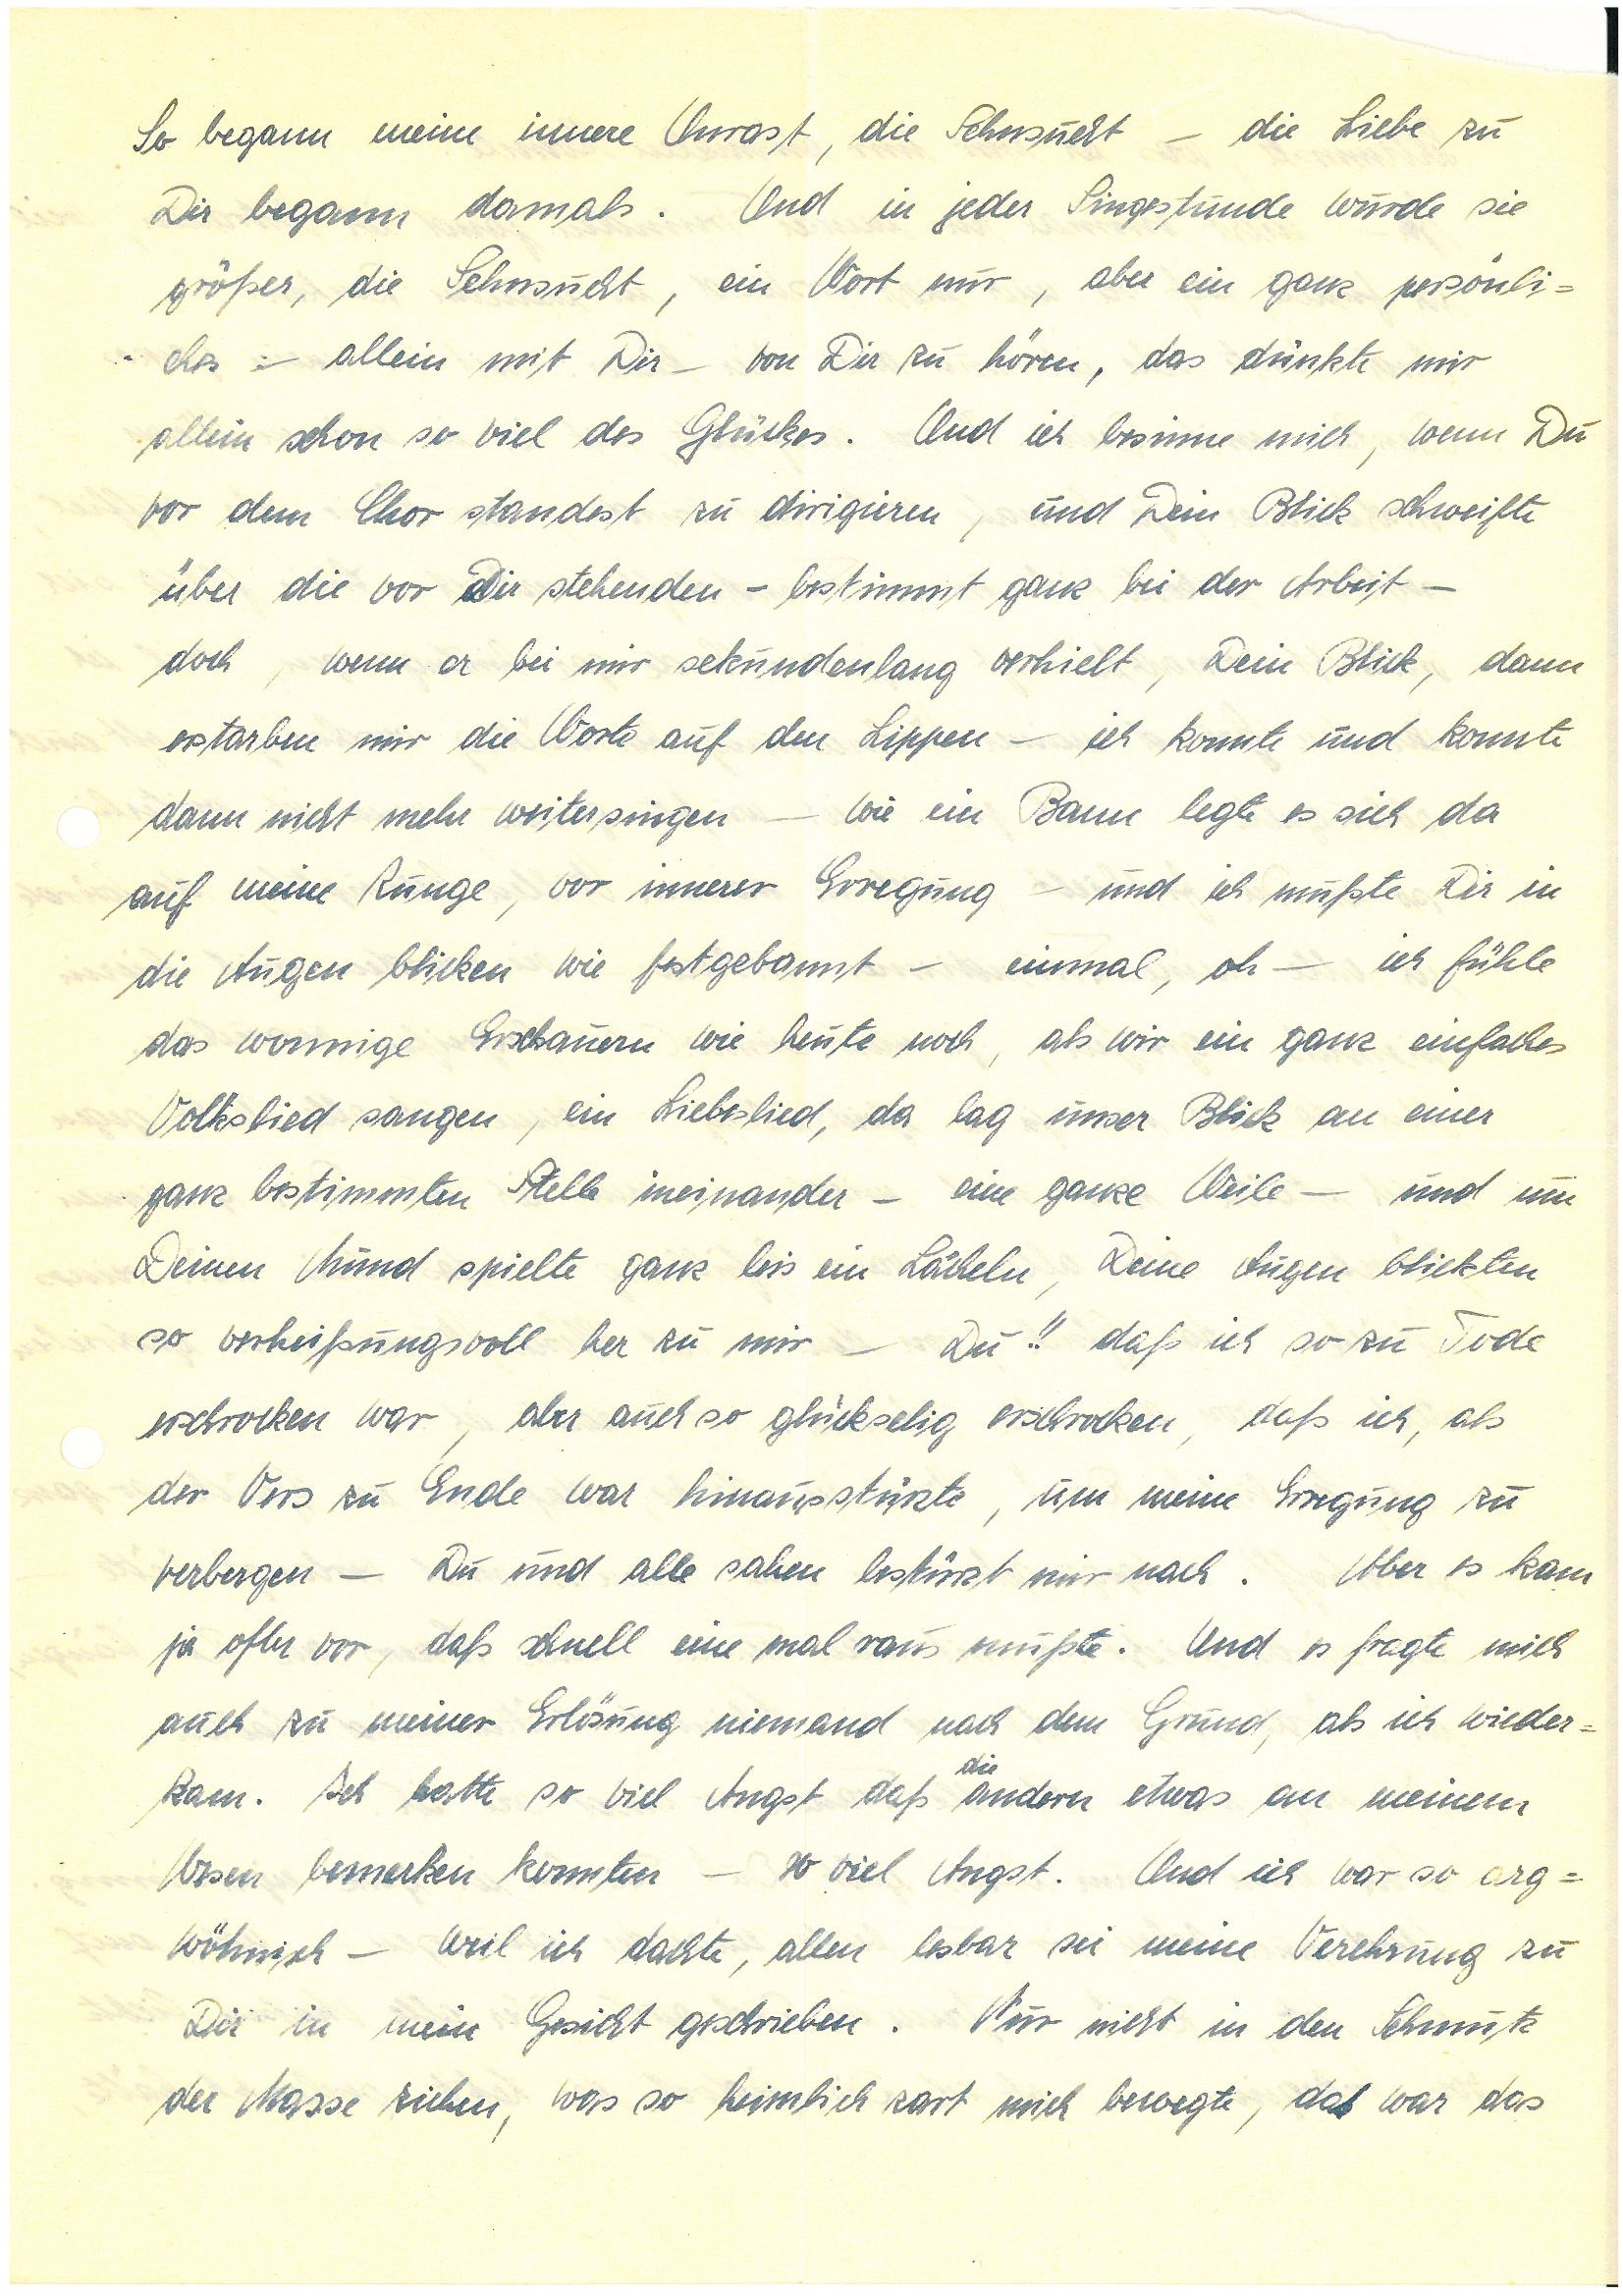
So begann meine innere Unrast, die Sehnsucht – die Liebe zu
Dir begann damals. Und in jeder Singestunde wurde sie
größer, die Sehnsucht, ein Wort mir, aber ein ganz persönli¬
ches – allein mit Dir – von Dir zu hören, das dünkte mir
allein schon so viel des Glückes. Und ich besinne mich, wenn Du
vor dem Chor standest zu dirigieren, und Dein Blick schweifte
über die vor Dir stehenden – bestimmt ganz bei der Arbeit –
doch, wenn er bei mir sekundenlang verhielt, Dein Blick, dann
erstarben mir die Worte auf den Lippen – ich konnte und konnte
dann nicht mehr weitersingen – wie ein Bann legte es sich da
auf meine Zunge, vor innerer Erregung – und ich mußte Dir in
die Augen blicken wie festgebannt – einmal, oh – ich fühle
das wonnige Erschauern wie heute noch, als wir ein ganz einfaches
Volkslied sangen, ein Liebeslied, da lag unser Blick an einer
ganz bestimmten Stelle ineinander – eine ganze Weile – und um
Deinen Mund spielte ganz leis ein Lächeln, Deine Augen blickten
so verheißungsvoll her zu mir – Du!! daß ich so zu Tode
erschrocken war, aber auch so glückselig erschrocken, daß ich, als
der Vers zu Ende war hinausstürzte, um meine Erregung zu
verbergen – Du und alle sahen bestürzt mir nach. Aber es kam
ja öfter vor, daß schnell eine mal raus mußte. Und es fragte mich
auch zu meiner Erlösung niemand nach dem Grund, als ich wieder¬
die
kam. Ich hatte so viel Angst daß andern etwas an meinem
Wesen bemerken konnten – so viel Angst. Und ich war so arg¬
wöhnisch – weil ich dachte, allen lesbar sei meine Verehrung zu
Dir in mein Gesicht geschrieben. Nur nicht in den Schmutz
der Masse ziehen, was so heimlich zart mich bewegte, das war das